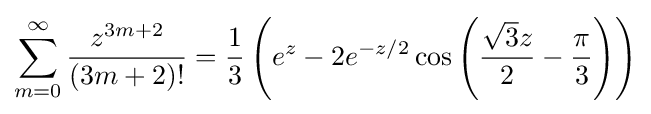
\sum _{m=0}^{\infty }{z^{3m+2} \over (3m+2)!}={\frac {1}{3}}\left(e^{z}-2e^{-z/2}\cos {\left({\frac {{\sqrt {3}}z}{2}}-{\frac {\pi }{3}}\right)}\right)